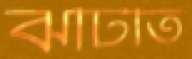
ঝটিতি